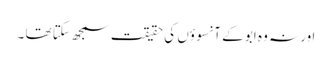
اور نہ وہ ابو کے آنسوؤں کی حقیقت سمجھ سکتا تھا ۔